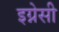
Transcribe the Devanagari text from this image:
इग्नेसी